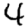
Digit: 4